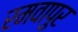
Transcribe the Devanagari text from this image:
रमवापुर